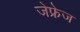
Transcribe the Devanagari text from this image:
जेफ्रेज